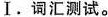
Ⅰ.词汇测试。